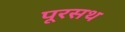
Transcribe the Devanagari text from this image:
पूरसथ